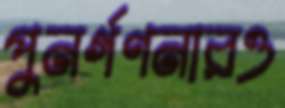
পুনর্গণনারও